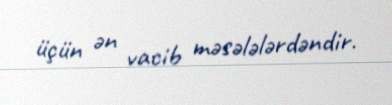
üçün ən vacib məsələlərdəndir.